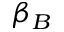
\beta _ { B }